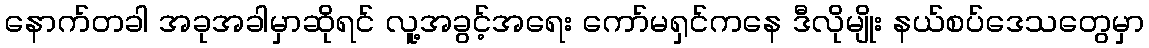
နောက်တခါ အခုအခါမှာဆိုရင် လူ့အခွင့်အရေး ကော်မရှင်ကနေ ဒီလိုမျိုး နယ်စပ်ဒေသတွေမှာ